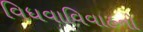
વિધવાવિવાહનો